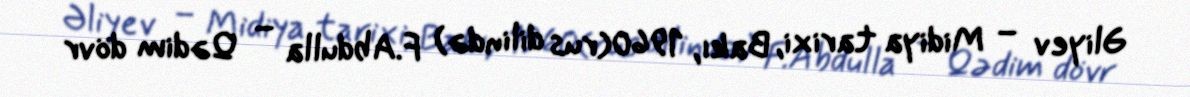
Əliyev – Midiya tarixi, Bakı, 1960(rus dilində) F.Abdulla – Qədim dövr